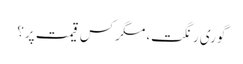
گوری رنگت، مگر کس قیمت پر؟